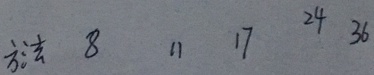
方 法 8 1 1 1 7 2 4 3 6